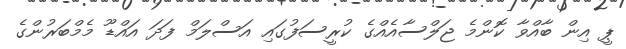
ޕީ އިން ބާއްވާ ކޮންމެ ޖަލްސާއެއްގެ ކުރީސަފުގައި އަސްލަމް ފަދަ އައްޑޫ މެމްބަރުންގެ